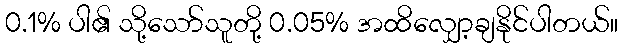
0.1% ပါ၏ သို့သော်သူတို့ 0.05% အထိလျှော့ချနိုင်ပါတယ်။